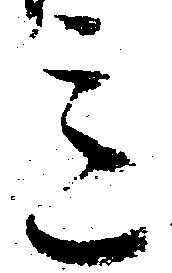
意